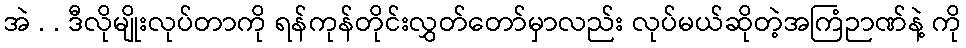
အဲ . . ဒီလိုမျိုးလုပ်တာကို ရန်ကုန်တိုင်းလွှတ်တော်မှာလည်း လုပ်မယ်ဆိုတဲ့အကြံဉာဏ်နဲ့ ကို